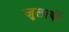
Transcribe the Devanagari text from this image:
जुलाबों